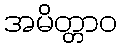
အမိတ္တာဝ